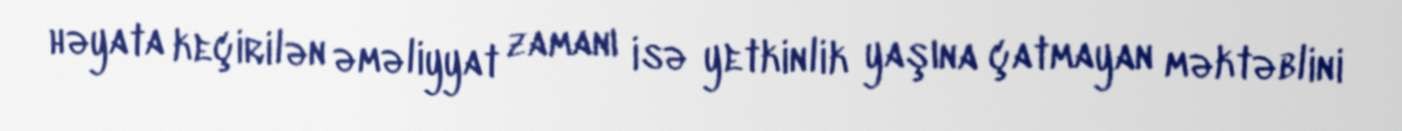
həyata keçirilən əməliyyat zamanı isə yetkinlik yaşına çatmayan məktəblini